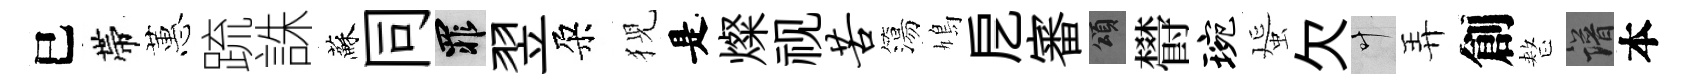
巳帶蕙䟽誅蘇同罪翌朶猊是燦视苦簜鳩戹審頌欎琬蜑欠叶弄創整譜本